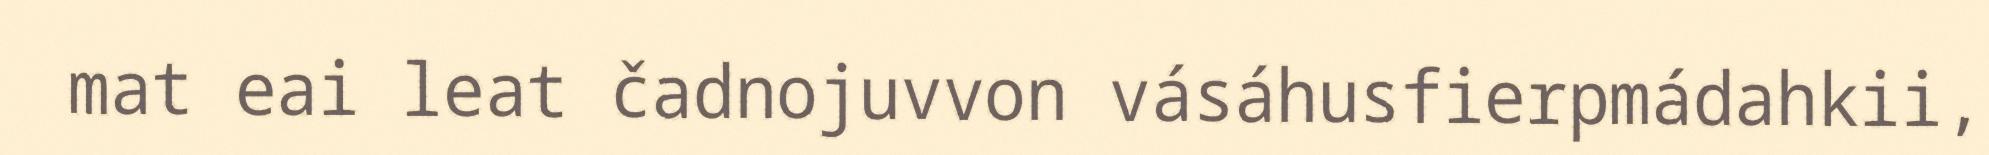
mat eai leat čadnojuvvon vásáhusfierpmádahkii,